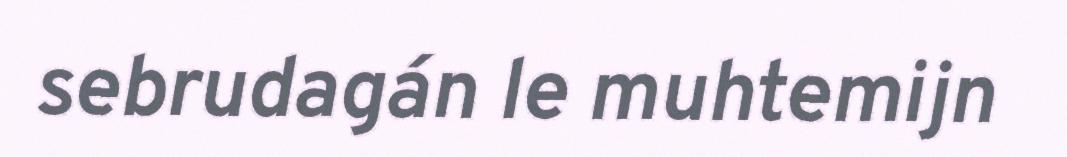
sebrudagán le muhtemijn